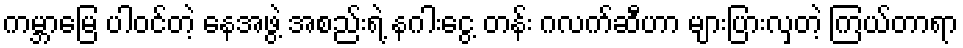
ကမ္ဘာမြေ ပါဝင်တဲ့ နေအဖွဲ့ အစည်းရဲ့ နဂါးငွေ့ တန်း ဂလက်ဆီဟာ များပြားလှတဲ့ ကြယ်တာရာ